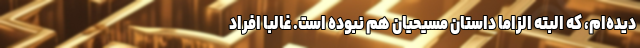
دیده‌ام، که البته الزاماً داستان مسیحیان هم نبوده است. غالباً افراد